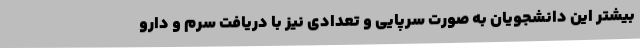
بیشتر این دانشجویان به صورت سرپایی و تعدادی نیز با دریافت سرم و دارو